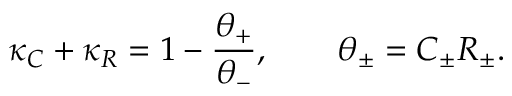
\kappa _ { C } + \kappa _ { R } = 1 - \frac { \theta _ { + } } { \theta _ { - } } , \qquad \theta _ { \pm } = C _ { \pm } R _ { \pm } .